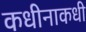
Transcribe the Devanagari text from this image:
कधीनाकधी